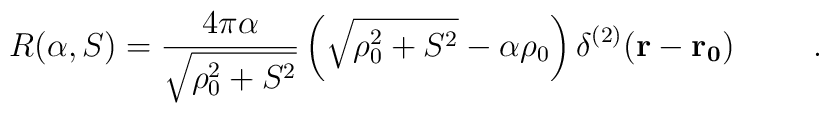
R(\alpha ,S)=\frac{4\pi \alpha }{\sqrt{\rho _0^2+S^2}}\left( \sqrt{\rho_0^2+S^2}-\alpha \rho _0\right) \delta ^{(2)}({\bf {r}-{r_0})} \hspace{1cm}.